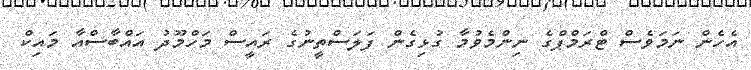
އެހެން ނަމަވެސް ޓްރަމްޕްގެ ނިންމެވުމާ ގުޅިގެން ފަލަސްތީނުގެ ރައީސް މަހްމޫދު އައްބާސްއާ މައިކް